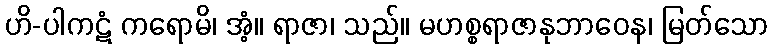
ဟိ-ပါကဋံ ကရောမိ၊ အံ့။ ရာဇာ၊ သည်။ မဟစ္စရာဇာနုဘာဝေန၊ မြတ်သော